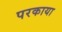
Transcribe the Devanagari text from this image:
परकाया